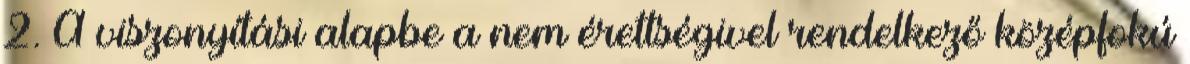
2. A viszonyítási alapbe a nem érettségivel rendelkező középfokú